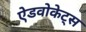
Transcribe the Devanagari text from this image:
ऐडवोकेट्स